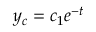
y _ { c } = c _ { 1 } e ^ { - t }